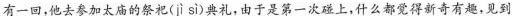
有一回，他去参加太庙的祭祀(jì sì)典礼，由于是第一次碰上，什么都觉得新奇有趣，见到